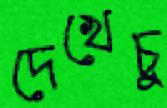
দেখেচু